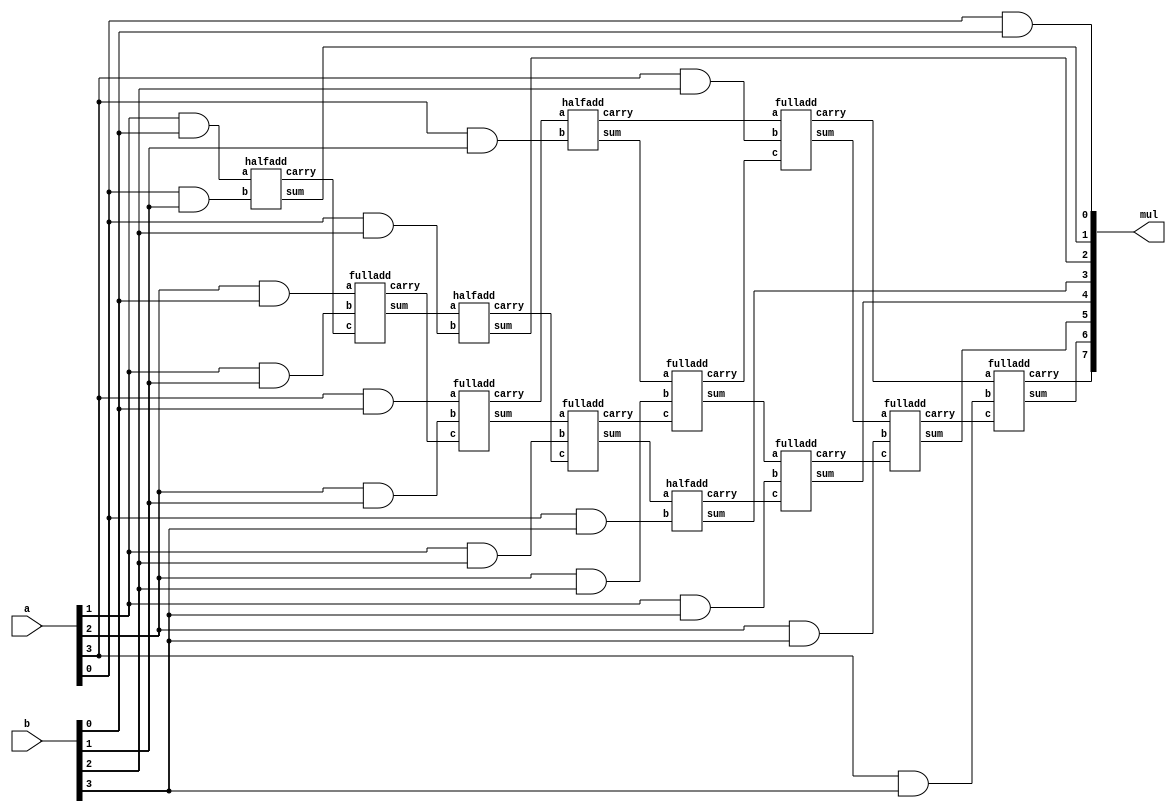
`timescale 1ns / 1ps
//////////////////////////////////////////////////////////////////////////////////
// Company: xrd
// 
// Design Name: 
// Module Name:    carsav 
// Project Name: 
// Target Devices: 
// Tool versions: 
// Description: 
//
// Dependencies: 
//
// Revision: 
// Revision 0.01 - File Created
// Additional Comments: 
//
//////////////////////////////////////////////////////////////////////////////////
module arrmul(a,b,mul
    );
input [3:0]a,b;
output [7:0]mul;

wire [3:0]x;
wire [2:0]x1,x2;
wire [3:0]y,y1,y2;
wire [3:0]c,c1;
wire [2:0]c2;

assign x[0] =a[0]&b[0];
assign x[1] =a[1]&b[0];
assign x[2] =a[2]&b[0];
assign x[3] =a[3]&b[0];
assign mul[0]=a[0]&b[0];

assign y[0] =a[0]&b[1];
assign y[1] =a[1]&b[1];
assign y[2] =a[2]&b[1];
assign y[3] =a[3]&b[1];


halfadd h1(x[1],y[0],mul[1],c[0]);
fulladd a1(x[2],y[1],c[0],x1[0],c[1]);
fulladd a2(x[3],y[2],c[1],x1[1],c[2]);
halfadd h2(c[2],y[3],x1[2],c[3]);

assign y1[0] =a[0]&b[2];
assign y1[1] =a[1]&b[2];
assign y1[2] =a[2]&b[2];
assign y1[3] =a[3]&b[2];

halfadd h3(x1[0],y1[0],mul[2],c1[0]);
fulladd a3(x1[1],y1[1],c1[0],x2[0],c1[1]);
fulladd a4(x1[2],y1[2],c1[1],x2[1],c1[2]);
fulladd a5(c[3],y1[3],c1[2],x2[2],c1[3]);

assign y2[0] =a[0]&b[3];
assign y2[1] =a[1]&b[3];
assign y2[2] =a[2]&b[3];
assign y2[3] =a[3]&b[3];

halfadd h4(x2[0],y2[0],mul[3],c2[0]);
fulladd a6(x2[1],y2[1],c2[0],mul[4],c2[1]);
fulladd a7(x2[2],y2[2],c2[1],mul[5],c2[2]);
fulladd a8(c1[3],y2[3],c2[2],mul[6],mul[7]);



endmodule


module fulladd( a ,b ,c ,sum ,carry );

output sum ;
output carry ;

input a ;
input b ;
input c ;

assign sum = a ^ b ^ c;
assign carry = (a&b) | (b&c) | (c&a);

endmodule

module halfadd(a,b,sum,carry);
output sum ;
output carry ;
input a ;
input b ;
assign sum = a^b;
assign carry = a&b;
endmodule